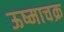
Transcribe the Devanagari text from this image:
ऊष्माचक्र